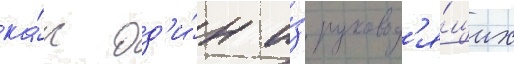
ка́к од'и́н и́з руковод'я́щих